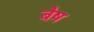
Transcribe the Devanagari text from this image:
बेष